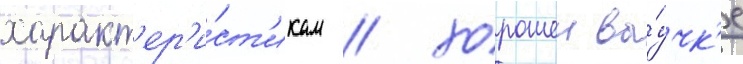
характ'ер'и́ст'икам / хорошеи вы́учк'е